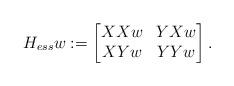
LaTeX: \begin{align*}H_{ess} w:=\begin{bmatrix} XXw & YXw \\ XYw & YYw \end{bmatrix} . \end{align*}